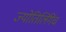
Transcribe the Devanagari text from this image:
ज्योतिर्लिंगेंच